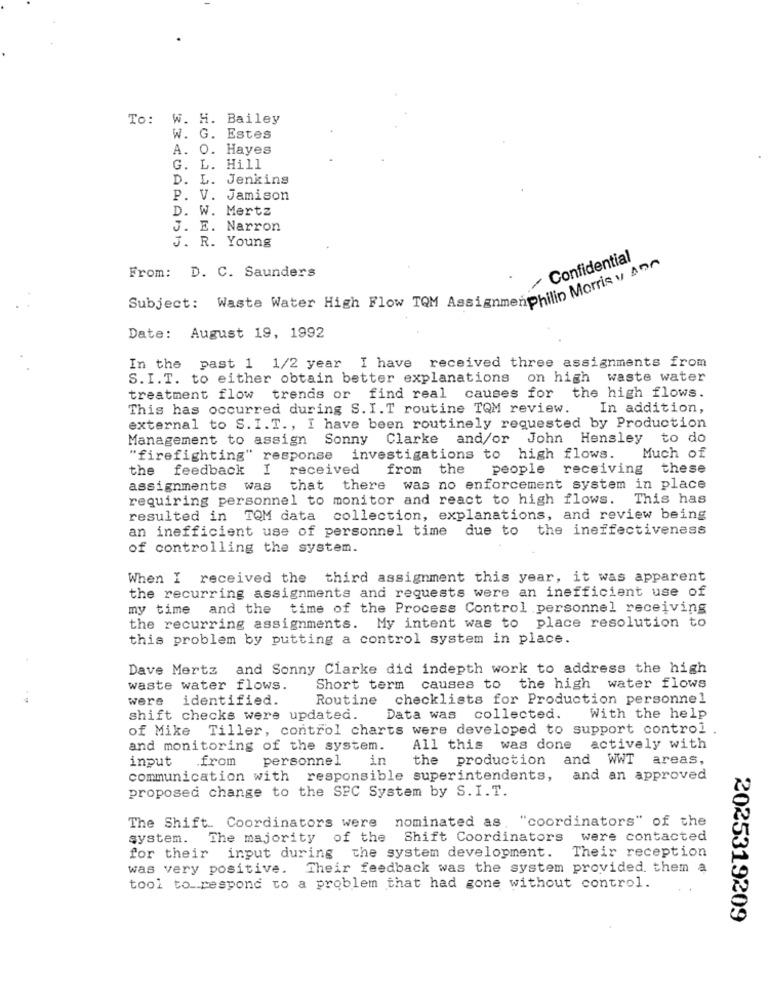
To: W. H. Bailey
W. G. Estes
A. O. Hayes
G. L. Hill
D. L. Jenkins
P. V. Jamison
D. W. Mertz
J. E. Narron
J. R. Young
/ Confidential
From: D. C. Saunders
Subject: Waste Water High Flow TQM Assignmentbilin Morris v Dar
Date: August 19, 1992
In the past 1 1/2 year I have received three assignments from
S. I.T. to either obtain better explanations on high waste water
treatment flow trends or find real causes for the high flows.
This has occurred during S. I.T routine TQM review.
In addition,
external to S. I.T ., I have been routinely requested by Production
Management to assign Sonny Clarke and/or John Hensley to do
"firefighting" response investigations to high flows.
Much of
the feedback I received from the
people receiving these
assignments was that there was no enforcement system in place
requiring personnel to monitor and react to high flows.
This has
resulted in TQM data collection, explanations, and review being
an inefficient use of personnel time due to the ineffectiveness
of controlling the system.
When I received the third assignment this year, it was apparent
the recurring assignments and requests were an inefficient use of
my time and the time of the Process Control personnel receiving
the recurring assignments. My intent was to place resolution to
this problem by putting a control system in place.
Dave Mertza
and Sonny Clarke did indepth work to address the high
waste water flows.
Short term causes to the high water flows
.-
were
identified.
Routine checklists for Production personnel
shift checks were updated.
Data was collected.
With the help
of Mike Tiller, control charts were developed to support control
..
and monitoring of the system.
All this was done actively with
input
from
personnel
in
the production and WWT areas,
communication with responsible superintendents, and an approved
proposed change to the SPC System by S. I.T.
The Shift .. Coordinators were nominated as "coordinators" of the
system. The majority of the Shift Coordinators
were contacted
for their input during the system development.
Their reception
was very positive. Their feedback was the system provided. them a
tool to respond to a problem that had gone without control.
2025319209